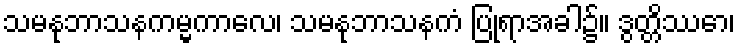
သမနုဘာသနကမ္မကာလေ၊ သမနုဘာသနကံ ပြုရာအခါ၌။ ဒွတ္တိဿော၊